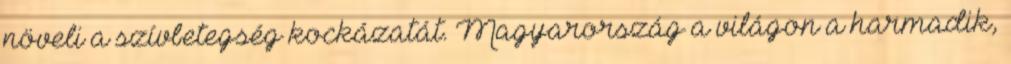
növeli a szívbetegség kockázatát. Magyarország a világon a harmadik,